Report of the Indian Hemp Drugs Commission, 1894-1895 - Volume V
Year: 1894
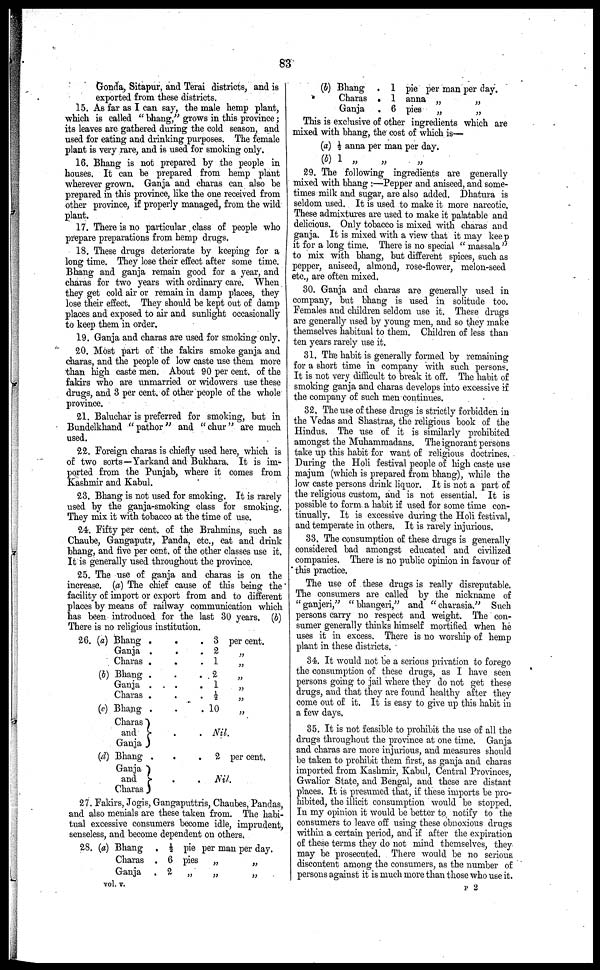
83
Gonda, Sitapur, and Terai districts, and is
exported from these districts.
15. As far as I can say, the male hemp plant,
which is called " bhang," grows in this province;
its leaves are gathered during the cold season, and
used for eating and drinking purposes. The female
plant is very rare, and is used for smoking only.
16. Bhang is not prepared by the people in
houses. It can be prepared from hemp plant
wherever grown. Ganja and charas can also be
prepared in this province, like the one received from
other province, if properly managed, from the wild
plant.
17. There is no particular class of people who
prepare preparations from hemp drugs.
18. These drugs deteriorate by keeping for a
long time. They lose their effect after some time.
Bhang and ganja remain good for a year, and
charas for two years with ordinary care. When
they get cold air or remain in damp places, they
lose their effect. They should be kept out of damp
places and exposed to air and sunlight occasionally
to keep them in order.
19. Ganja and charas are used for smoking only.
20. Most part of the fakirs smoke ganja and
charas, and the people of low caste use them more
than high caste men. About 90 per cent. of the
fakirs who are unmarried or widowers use these
drugs, and 3 per cent. of other people of the whole
province.
21. Baluchar is preferred for smoking, but in
Bundelkhand "pathor" and "chur" are much
used.
22. Foreign charas is chiefly used here, which is
of two sorts—Yarkand and Bukhara. It is im-
ported from the Punjab, where it comes from
Kashmir and Kabul.
23. Bhang is not used for smoking. It is rarely
used by the ganja-smoking class for smoking.
They mix it with tobacco at the time of use.
24. Fifty per cent. of the Brahmins, such as
Chaube, Gangaputr, Panda, etc., eat and drink
bhang, and five per cent. of the other classes use it.
It is generally used throughout the province.
25. The use of ganja and charas is on the
increase. (a) The chief cause of this being the
facility of import or export from and to different
places by means of railway communication which
has been introduced for the last 30 years. (b)
There is no religious institution.
26. (a) Bhang .
Ganja .
Charas .
(b) Bhang .
Ganja .
Charas .
(c) Bhang .
Charas
and
Ganja
(d) Bhang .
Ganja
and
Charas
.
.
3 per cent.
.
.
2
„
.
.
1
„
.
.
2
„
.
.
1
„
.
.
½
„
.
.10 „
.
.
Nil
.
.
2per cent.
.
.
Nil.
27. Fakirs, Jogis, Gangaputtris, Chanbes, Pandas,
and also menials are these taken from. The habi-
tual excessive consumers become idle, imprudent,
senseless, and become dependent on others.
28. (a) Bhang.
Charas.
Ganja.
½
6
2
pie per man per day.
pies „ „
„ „ „
(b) Bhang
Charas
Ganja
.
.
.
1
1
6
pie
anna
pies
per man
„
„
per day.
„
„
This is exclusive of other ingredients which are
mixed with bhang, the cost of which is—
(a) ½
(b) 1
anna per man per day.
„
„
„
29. The following ingredients are generally
mixed with bhang :—Pepper and aniseed, and some-
times milk and sugar, are also added. Dhatura is
seldom used. It is used to make it more narcotic.
These admixtures are used to make it palatable and
delicious. Only tobacco is mixed with charas and
ganja. It is mixed with a view that it may keep
it for a long time. There is no special " massala"
to mix with bhang, but different spices, such as
pepper, aniseed, almond, rose-flower, melon-seed
etc., are often mixed.
30. Ganja and charas are generally used in
company, but bhang is used in solitude too.
Females and children seldom use it. These drugs
are generally used by young men, and so they make
themselves habitual to them. Children of less than
ten years rarely use it.
31. The habit is generally formed by remaining
for a short time in company with such persons.
It is not very difficult to break it off. The habit of
smoking ganja and charas develops into excessive if
the company of such men continues.
32. The use of these drugs is strictly forbidden in
the Vedas and Shastras, the religious book of the
Hindus. The use of it is similarly prohibited
amongst the Muhammadans. The ignorant persons
take up this habit for want of religious doctrines.
During the Holi festival people of high caste use
majum (which is prepared from bhang), while the
low caste persons drink liquor. It is not a part of
the religious custom, and is not essential. It is
possible to form a habit if used for some time con-
tinually. It is excessive during the Holi festival,
and temperate in others. It is rarely injurious.
33. The consumption of these drugs is generally
considered bad amongst educated and civilized
companies. There is no public opinion in favour of
this practice.
The use of these drugs is really disreputable.
The consumers are called by the nickname of
"ganjeri," "bhangeri," and "charasia." Such
persons carry no respect and weight. The con-
sumer generally thinks himself mortified when he
uses it in excess. There is no worship of hemp
plant in these districts.
34. It would not be a serious privation to forego
the consumption of these drugs, as I have seen
persons going to jail where they do not get these
drugs, and that they are found healthy after they
come out of it. It is easy to give up this habit in
a few days.
35. It is not feasible to prohibit the use of all the
drugs throughout the province at one time. Ganja
and charas are more injurious, and measures should
be taken to prohibit them first, as ganja and charas
imported from Kashmir, Kabul, Central Provinces,
Gwalior State, and Bengal, and these are distant
places. It is presumed that, if these imports be pro-
hibited, the illicit consumption would be stopped.
In my opinion it would be better to notify to the
consumers to leave off using these obnoxious drugs
within a certain period, and if after the expiration
of these terms they do not mind themselves, they
may be prosecuted. There would be no serious
discontent among the consumers, as the number of
persons against it is much more than those who use it.
vol. V.
P 2